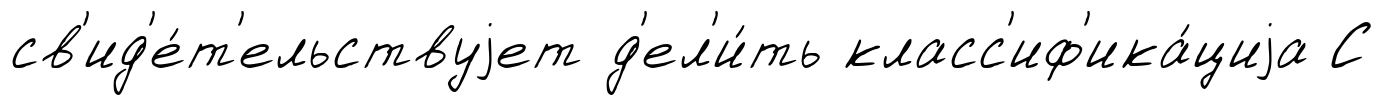
св'ид'е́т'ельствуjет д'ел'и́ть класс'иф'ика́циjа С